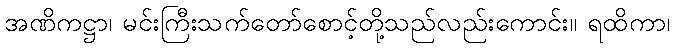
အဏိကဋ္ဌာ၊ မင်းကြီးသက်တော်စောင့်တို့သည်လည်းကောင်း။ ရထိကာ၊